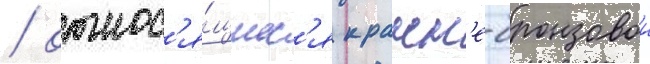
/ относ'я́щиес'я к ранн'е-бронзовои